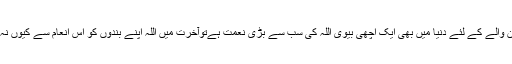
ایک ایمان والے کے لئے دنیا میں بھی ایک اچھی بیوی اللہ کی سب سے بڑی نعمت ہےتوآخرت میں اللہ اپنے بندوں کو اس انعام سے کیوں نہ نوازے؟